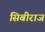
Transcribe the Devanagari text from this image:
सिबीराज